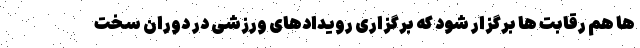
ها هم رقابت ها برگزار شود که برگزاری رویدادهای ورزشی در دوران سخت